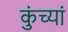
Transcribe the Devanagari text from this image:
कुंच्यां